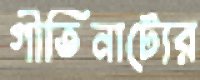
গীতিনাট্যের